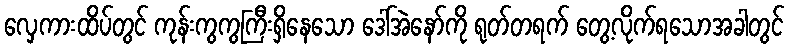
လှေကားထိပ်တွင် ကုန်းကွကွကြီးရှိနေသော ဒေါ်အဲနော်ကို ရုတ်တရက် တွေ့လိုက်ရသောအခါတွင်